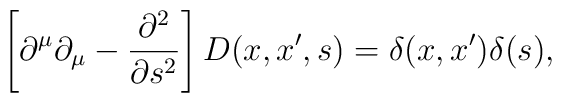
\left[ \partial ^\mu \partial _\mu -\frac{\partial ^2}{\partial s^2}\right]D(x,x^{\prime },s)=\delta (x,x^{\prime })\delta (s),